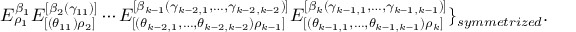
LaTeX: E _ { \rho _ { 1 } } ^ { \beta _ { 1 } } E _ { [ ( \theta _ { 1 1 } ) \rho _ { 2 } ] } ^ { [ \beta _ { 2 } ( \gamma _ { 1 1 } ) ] } \cdots E _ { [ ( \theta _ { k - 2 , 1 } , \ldots , \theta _ { k - 2 , k - 2 } ) \rho _ { k - 1 } ] } ^ { [ \beta _ { k - 1 } ( \gamma _ { k - 2 , 1 } , \ldots , \gamma _ { k - 2 , k - 2 } ) ] } E _ { [ ( \theta _ { k - 1 , 1 } , \ldots , \theta _ { k - 1 , k - 1 } ) \rho _ { k } ] } ^ { [ \beta _ { k } ( \gamma _ { k - 1 , 1 } , \ldots , \gamma _ { k - 1 , k - 1 } ) ] } \} _ { s y m m e t r i z e d } .